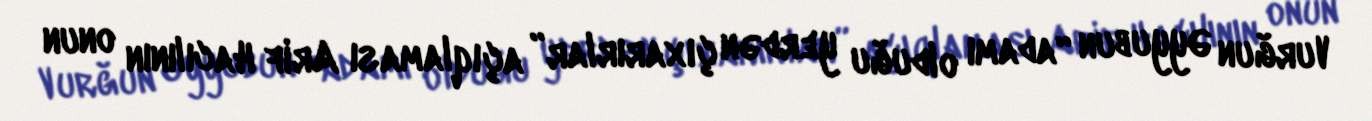
Vurğun Əyyubun “adamı olduğu yerdən çıxarırlar” açıqlaması Arif Hacılının onun